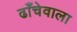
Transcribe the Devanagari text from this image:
ढाँचेवाला